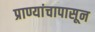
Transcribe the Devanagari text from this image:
प्राण्यांचापासून